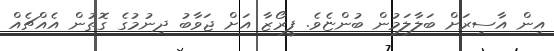
އިން އާސިރަށް ބަލާލަމުން ބުންޏެވެ. ފީރޯޒާ އަށް ޖަވާބު ދިނުމުގެ ގޮތުން އެއްޗެއް